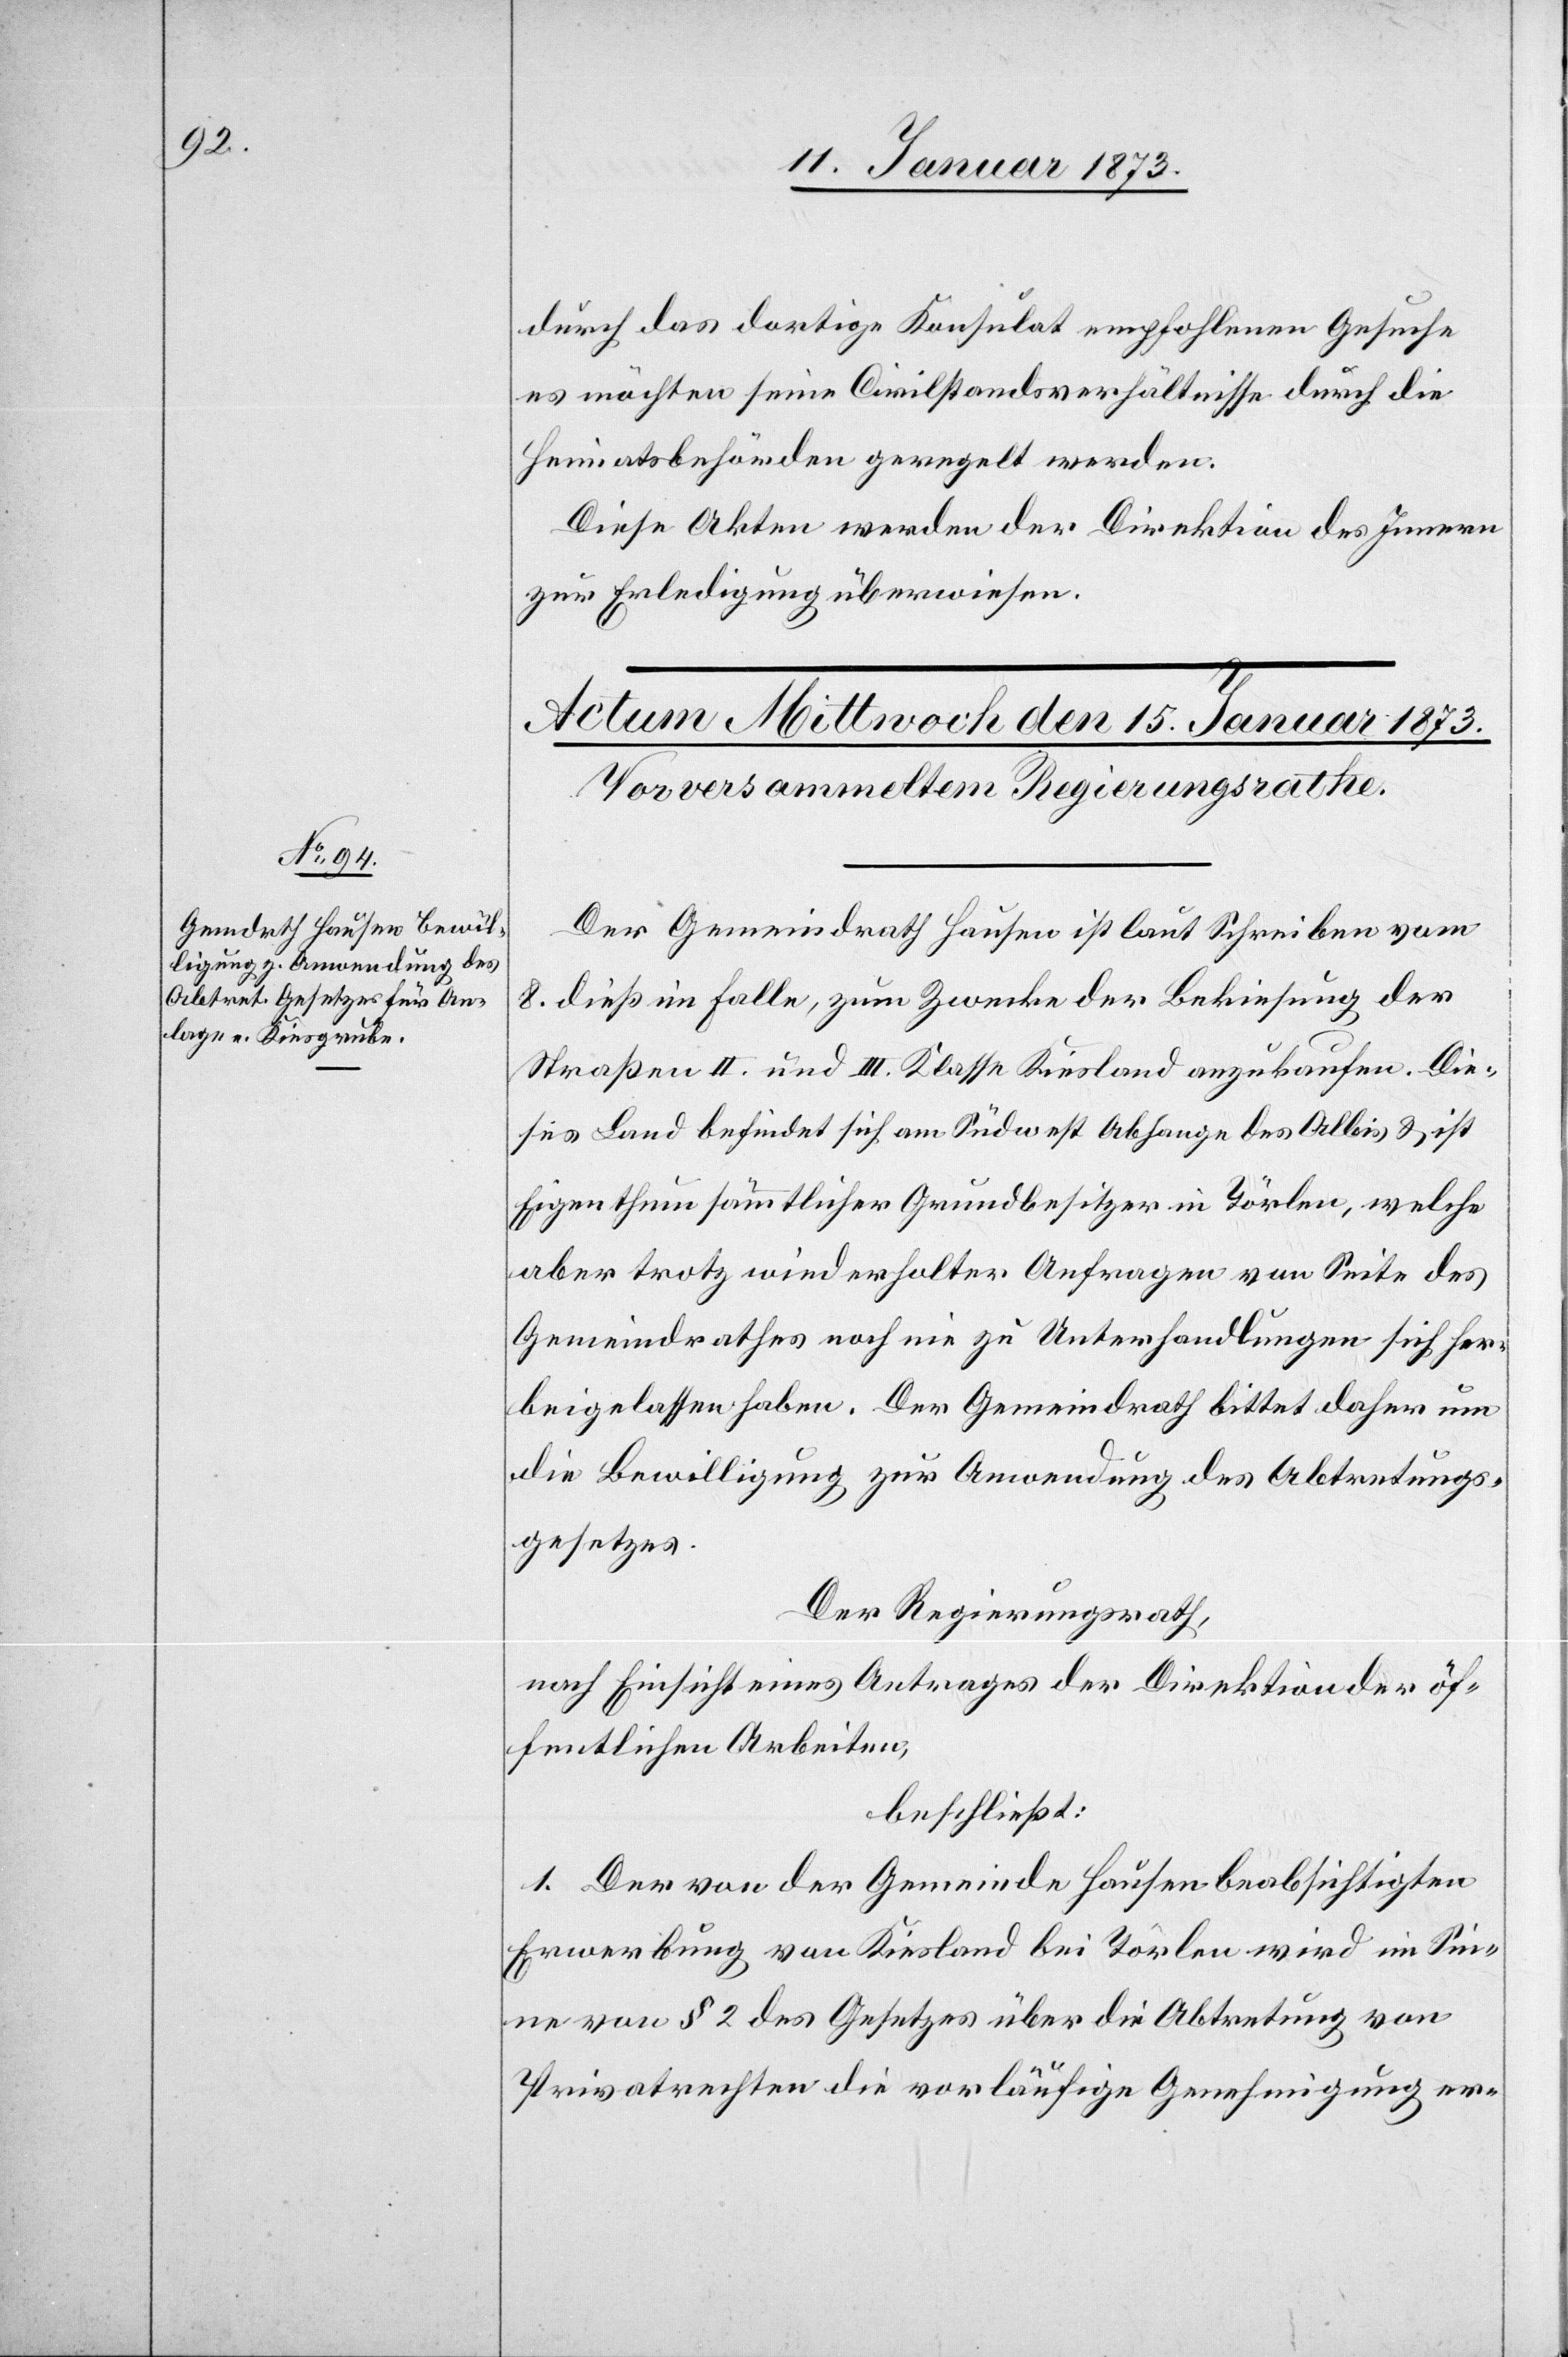
durch das dortige Konsulat empfohlenen Gesuche
es möchte seine Civilstandsverhältnisse durch die
Heimatsbehörden geregelt werden.
Diese Akten werden der Direktion des Innern
zur Erledigung überwiesen.
Der Gemeindrath Hausen ist laut Schreiben vom
8. dieß im Falle, zum Zwecke der Bekiesung der
Straßen II. und III. Klasse Kiesland anzukaufen. Die¬
ses Land befindet sich am Südwest Abhange des Albis u. ist
Eigenthum sämmtlicher Grundbesitzer in Törlen, welche
aber trotz wiederholter Anfragen von Seite des
Gemeindrathes noch nie zu Unterhandlungen sich her¬
beigelassen haben. Der Gemeindrath bittet daher um
die Bewilligung zur Anwendung des Abtretungs¬
gesetzes.
Der Regierungsrath,
nach Einsicht eines Antrages der Direktion der öf¬
fentlichen Arbeiten,
beschließt:
1. Der von der Gemeinde Hausen beabsichtigten
Erwerbung von Kiesland bei Törlen wird im Sin¬
ne von § 2 des Gesetzes über die Abtretung von
Privatrechten die vorläufige Genehmigung er-